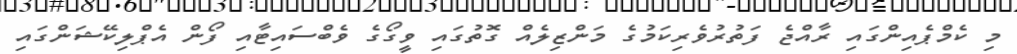
މި ކެމްޕެއިންގައި ރާއްޖެ ފަތުރުވެރިކަމުގެ މަންޒިލެއް ގޮތުގައި ވީގޯގެ ވެބްސައިޓާއި ފޯން އެޕްލިކޭޝަންގައި